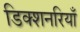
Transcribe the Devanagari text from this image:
डिक्शनरियाँ